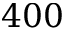
4 0 0